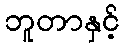
ဘူတာနှင့်